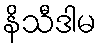
နိသီဒါမ